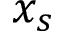
x _ { s }